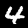
Label: 4